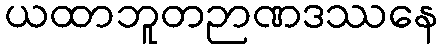
ယထာဘူတဉာဏဒဿနေ